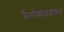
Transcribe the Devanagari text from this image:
त्रैलोक्यवशंकर